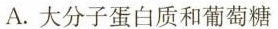
A.大分子蛋白质和葡萄糖